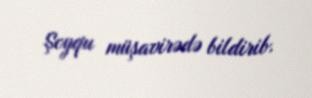
Şoyqu müşavirədə bildirib.